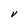
Character: V